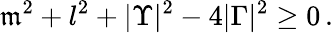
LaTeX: \mathfrak{m}^{2}+l^{2}+|\Upsilon|^{2}-4|\Gamma|^{2}\geq0\, .